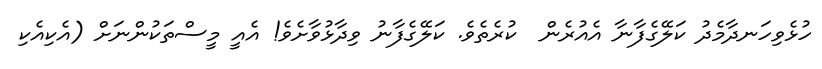
ހުޅެވިހަނދާމެދު ކަލޭގެފާނާ އެއުރެން  ކުރެތެވެ. ކަލޭގެފާނު ވިދާޅުވާށެވެ! އެއީ މީސްތަކުންނަށް (އެކިއެކި